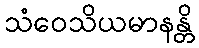
သံဝေသိယမာနန္တိ